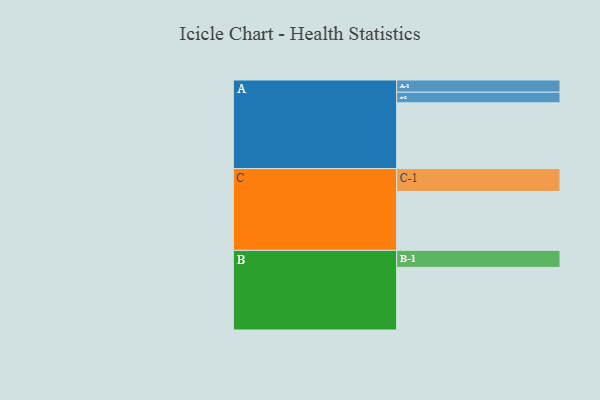
{"axis": {"x": "Segment", "y": "Value"}, "legend": ["", "A", "B", "C"], "data": [{"x": "A", "y": 562, "type": ""}, {"x": "B", "y": 535, "type": ""}, {"x": "C", "y": 503, "type": ""}, {"x": "A-1", "y": 104, "type": "A"}, {"x": "A-2", "y": 91, "type": "A"}, {"x": "B-1", "y": 145, "type": "B"}, {"x": "C-1", "y": 195, "type": "C"}]}